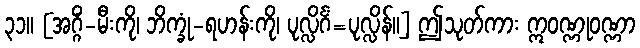
၃၁။ [အဂ္ဂိံ-မီးကို၊ ဘိက္ခုံ-ရဟန်းကို၊ ပုလ္လိင်္ဂံ=ပုလ္လိန်။] ဤသုတ်ကား ဣဝဏ္ဏုဝဏ္ဏာ